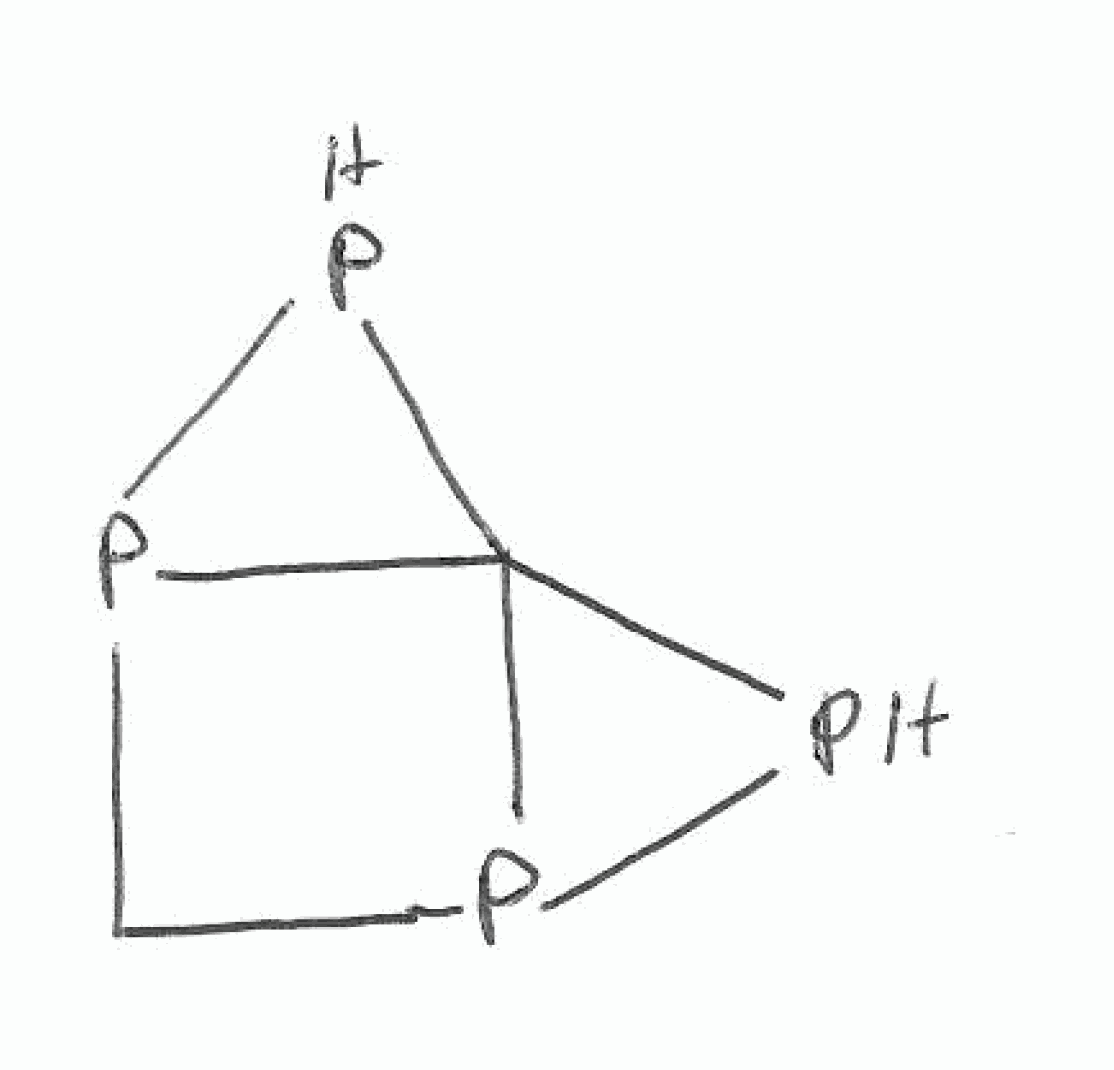
Simplified molecular-input line-entry system (SMILES) notation of the given molecule:
C1P2C3(P2)P1P3